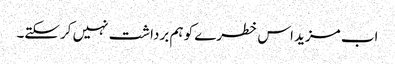
اب مزید اس خطرے کو ہم برداشت نہیں کرسکتے۔